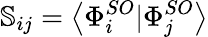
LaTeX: \mathbb{S}_{ij}=\left\langle\Phi_{i}^{SO}|\Phi_{j}^{SO}\right\rangle